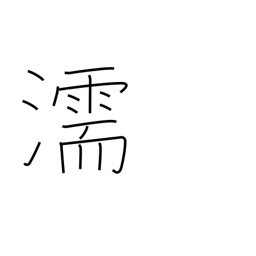
Meaning: damp